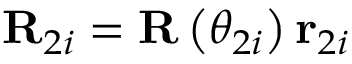
\mathbf { R } _ { 2 i } = \mathbf { R } \left( \theta _ { 2 i } \right) \mathbf { r } _ { 2 i }